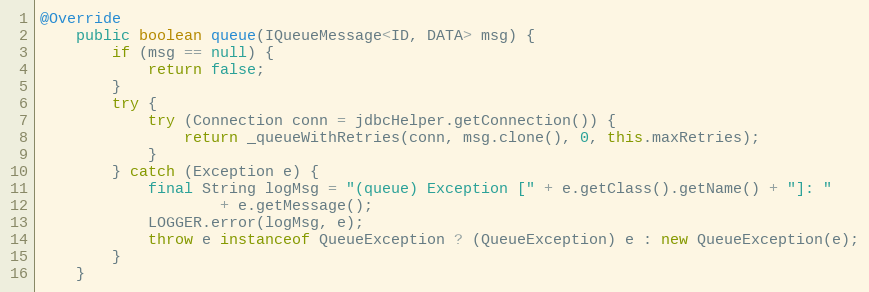
Language: Java
@Override
    public boolean queue(IQueueMessage<ID, DATA> msg) {
        if (msg == null) {
            return false;
        }
        try {
            try (Connection conn = jdbcHelper.getConnection()) {
                return _queueWithRetries(conn, msg.clone(), 0, this.maxRetries);
            }
        } catch (Exception e) {
            final String logMsg = "(queue) Exception [" + e.getClass().getName() + "]: "
                    + e.getMessage();
            LOGGER.error(logMsg, e);
            throw e instanceof QueueException ? (QueueException) e : new QueueException(e);
        }
    }